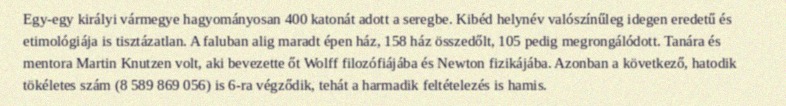
Egy-egy királyi vármegye hagyományosan 400 katonát adott a seregbe. Kibéd helynév valószínűleg idegen eredetű és etimológiája is tisztázatlan. A faluban alig maradt épen ház, 158 ház összedőlt, 105 pedig megrongálódott. Tanára és mentora Martin Knutzen volt, aki bevezette őt Wolff filozófiájába és Newton fizikájába. Azonban a következő, hatodik tökéletes szám (8 589 869 056) is 6-ra végződik, tehát a harmadik feltételezés is hamis.